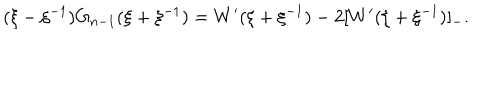
( \xi - \xi ^ { - 1 } ) G _ { n - 1 } ( \xi + \xi ^ { - 1 } ) = W ^ { \prime } ( \xi + \xi ^ { - 1 } ) - 2 [ W ^ { \prime } ( \xi + \xi ^ { - 1 } ) ] _ { - } .